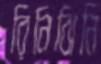
রিনিঝিনি